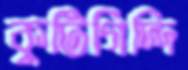
কুটিগিদ্দি